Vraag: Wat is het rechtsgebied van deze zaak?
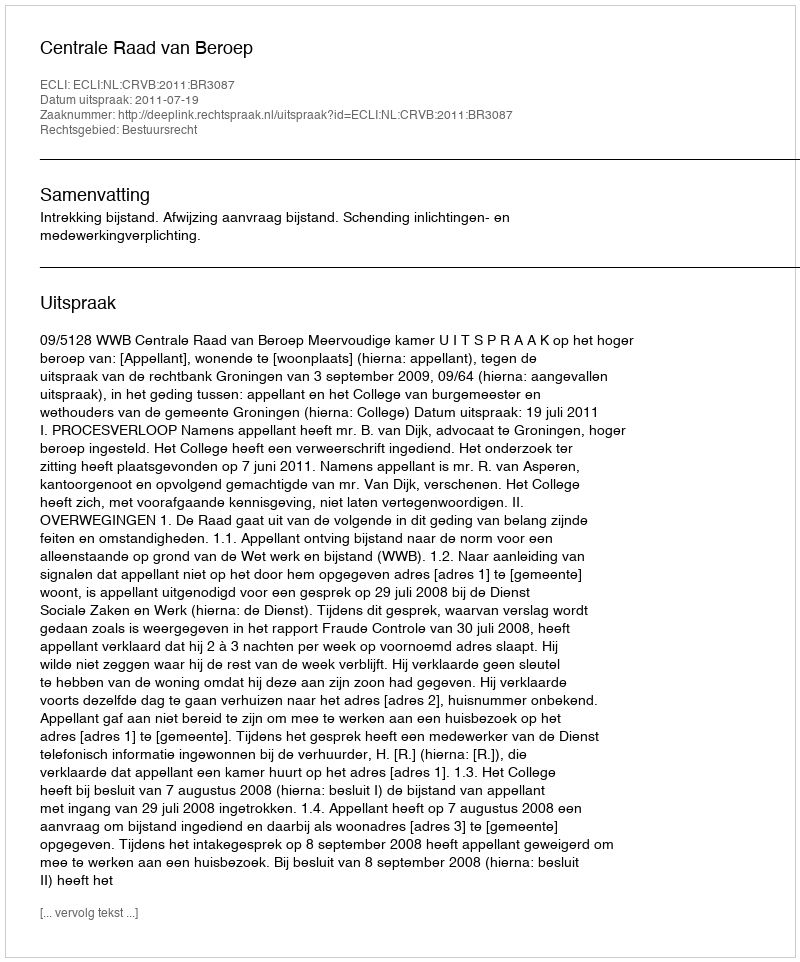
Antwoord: Bestuursrecht